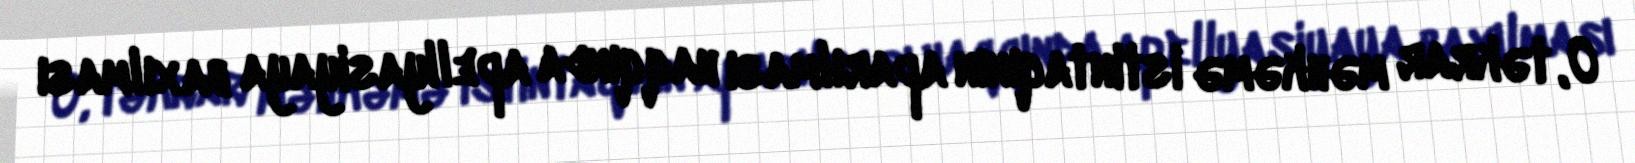
O, təkrar məhkəmə istintaqının aparılması haqqında apellyasiyaya baxılması